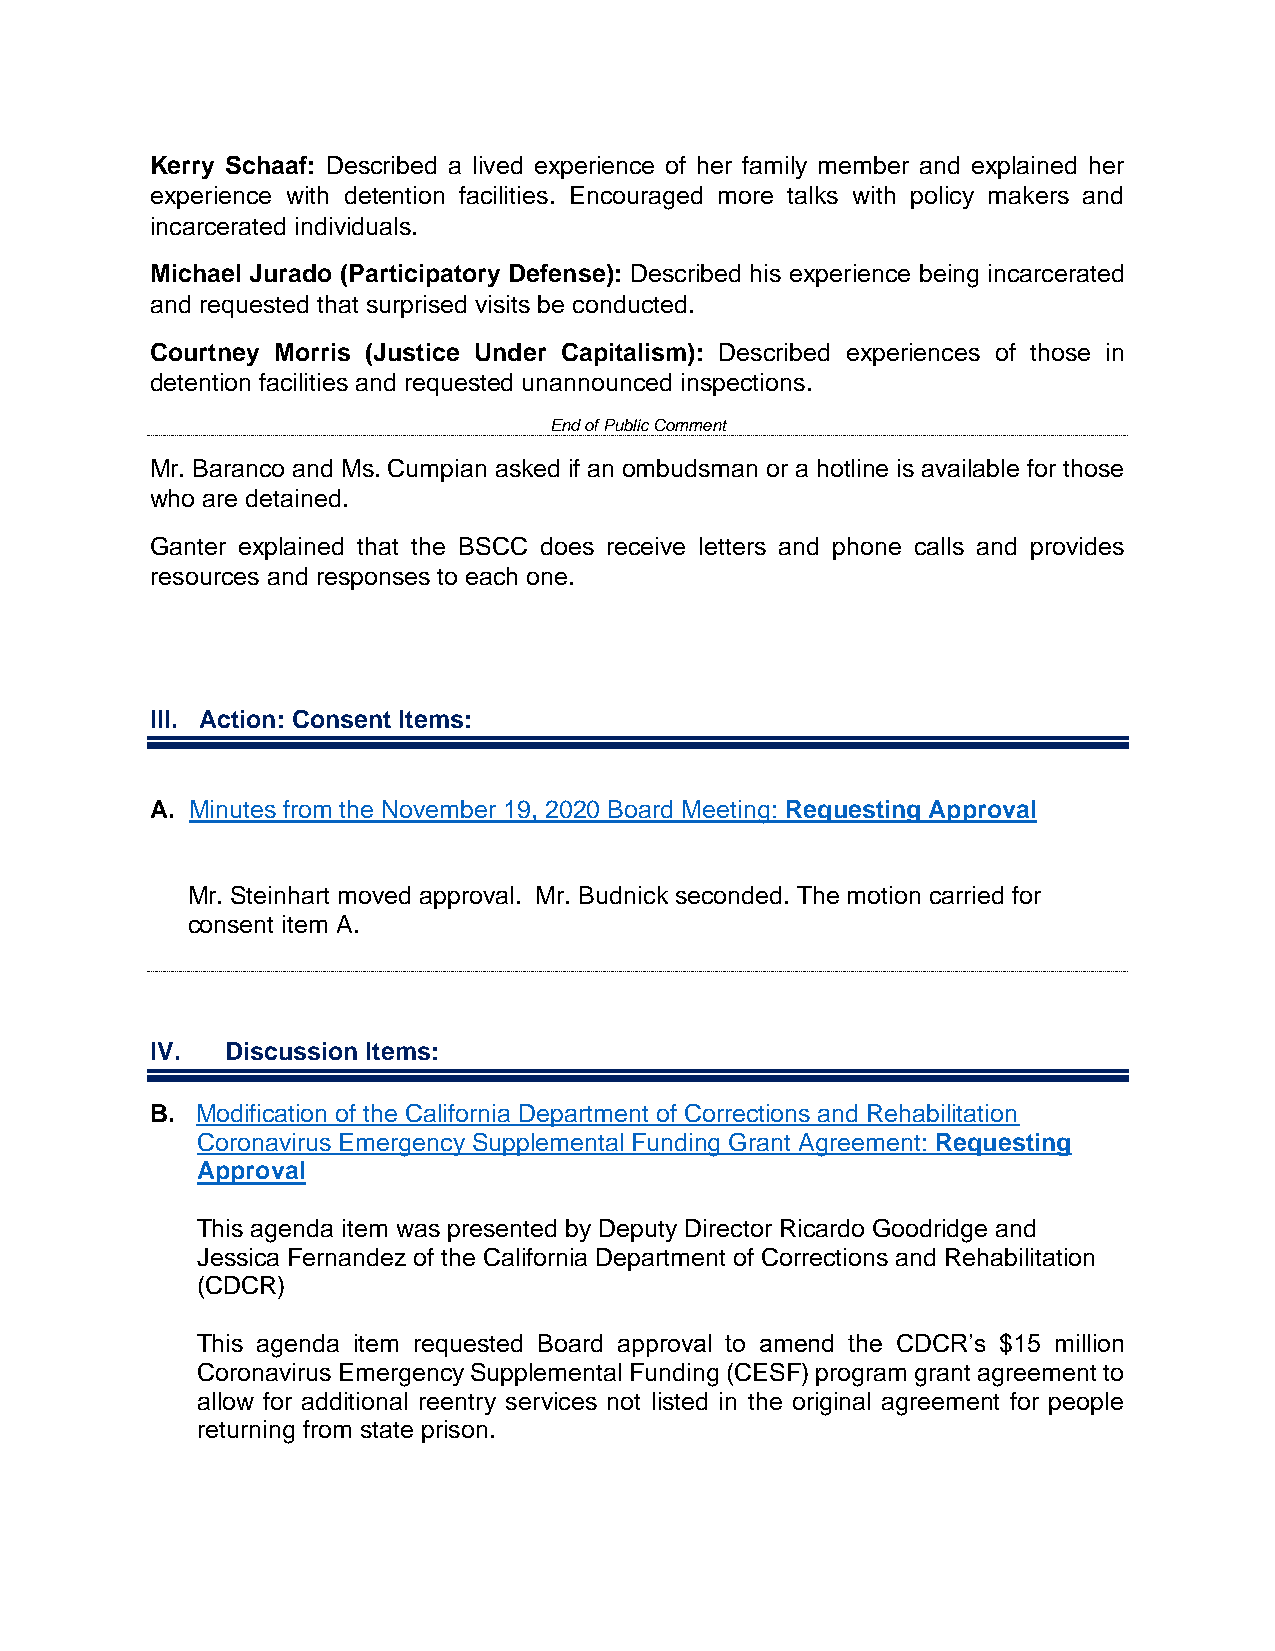
Kerry Schaaf: Described a lived experience of her family member and explained her
 experience with detention facilities. Encouraged more talks with policy makers and
 incarcerated individuals.
 Michael Jurado (Participatory Defense): Described his experience being incarcerated
 and requested that surprised visits be conducted.
 Courtney Morris (Justice Under Capitalism): Described experiences of those in
 detention facilities and requested unannounced inspections.
 End of Public Comment
 Mr. Baranco and Ms. Cumpian asked if an ombudsman or a hotline is available for those
 who are detained.
 Ganter explained that the BSCC does receive letters and phone calls and provides
 resources and responses to each one.
 III. Action: Consent Items:
 A. Minutes from the November 19, 2020 Board Meeting: Requesting Approval
 Mr. Steinhart moved approval. Mr. Budnick seconded. The motion carried for
 consent item A.
 IV.  Discussion Items:
 B. Modification of the California Department of Corrections and Rehabilitation
 Coronavirus Emergency Supplemental Funding Grant Agreement: Requesting
 Approval
 This agenda item was presented by Deputy Director Ricardo Goodridge and
 Jessica Fernandez of the California Department of Corrections and Rehabilitation
 (CDCR)
 This agenda item requested Board approval to amend the CDCR’s $15 million
 Coronavirus Emergency Supplemental Funding (CESF) program grant agreement to
 allow for additional reentry services not listed in the original agreement for people
 returning from state prison.